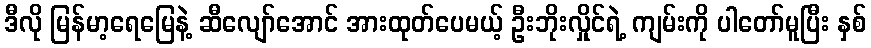
ဒီလို မြန်မာ့ရေမြေနဲ့ ဆီလျော်အောင် အားထုတ်ပေမယ့် ဦးဘိုးလှိုင်ရဲ့ ကျမ်းကို ပါတော်မူပြီး နှစ်